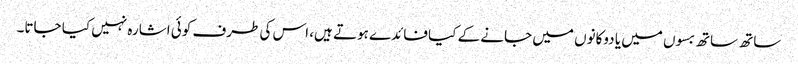
ساتھ ساتھ بسوں میں یا دوکانوں میں جانے کے کیا فائدے ہوتے ہیں، اس کی طرف کوئی اشارہ نہیں کیا جاتا۔